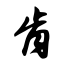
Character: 肯